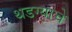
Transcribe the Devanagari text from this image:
थडग्याचे